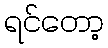
ရင်တော့